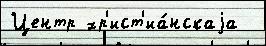
Центр хр'ист'иа́нскаjа